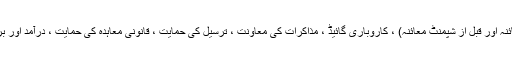
سورسنگ ، خریداری ، کاروبار کی تفتیش ، فیکٹری آڈٹ ، کوالٹی معائنہ (پیداوار معائنہ اور قبل از شپمنٹ معائنہ) ، کاروباری گائیڈ ، مذاکرات کی معاونت ، ترسیل کی حمایت ، قانونی معاہدہ کی حمایت ، درآمد اور برآمد کنندہ ایجنٹ وغیرہ کو ڈھکنے والے روایتی ایجنٹ سروس کے تجربے پر جھکاؤ۔